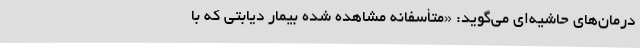
درمان‌های حاشیه‌ای می‌گوید: «متأسفانه مشاهده شده بیمار دیابتی که با